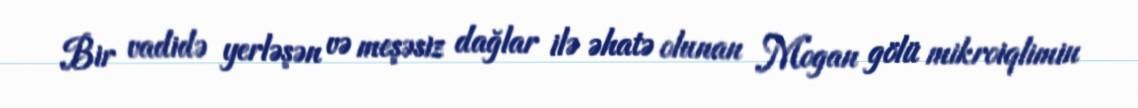
Bir vadidə yerləşən və meşəsiz dağlar ilə əhatə olunan Mogan gölü mikroiqlimin